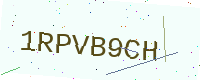
Text: 1RPVB9CH